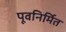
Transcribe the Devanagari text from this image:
पूवनिर्मित